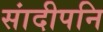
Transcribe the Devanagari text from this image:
सांदीपनि